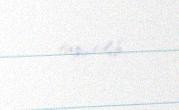
tapşırılıb.